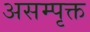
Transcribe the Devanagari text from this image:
असम्पृक्त